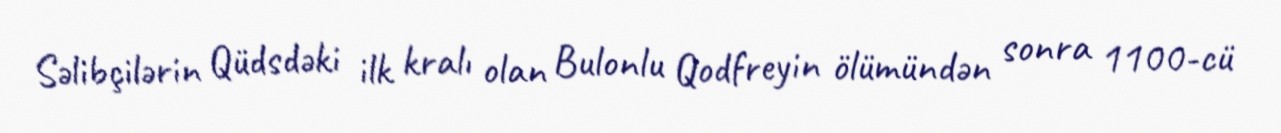
Səlibçilərin Qüdsdəki ilk kralı olan Bulonlu Qodfreyin ölümündən sonra 1100-cü